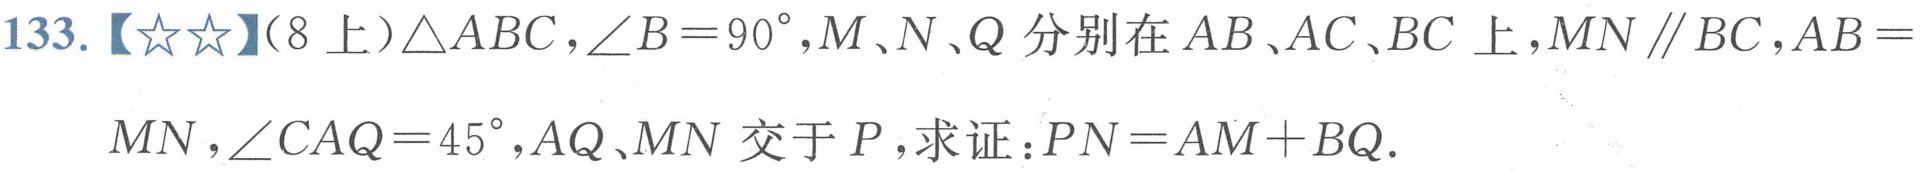
133.【☆☆】（8上）\(\triangle ABC\)，\(\angle B = 90^{\circ}\)，\(M、N、Q\)分别在\(AB、AC、BC\)上，\(MN\parallel BC\)，\(AB = \)
\(MN\)，\(\angle CAQ = 45^{\circ}\)，\(AQ、MN\)交于\(P\)，求证：\(PN=AM + BQ\).